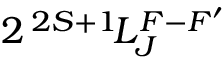
2 \, ^ { 2 S + 1 } \! L _ { J } ^ { F - F ^ { \prime } }